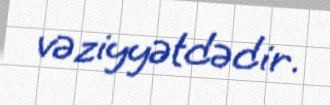
vəziyyətdədir.